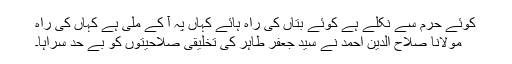
کوئے حرم سے نکلے ہے کوئے بتاں کی راہ ہائے کہاں پہ آ کے ملی ہے کہاں کی راہ
مولانا صلاح الدین احمد نے سید جعفر طاہر کی تخلیقی صلاحیتوں کو بے حد سراہا۔